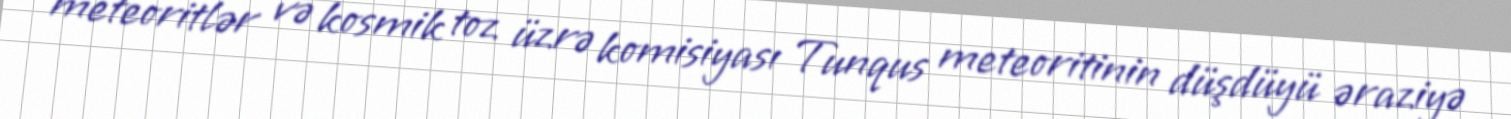
meteoritlər və kosmik toz üzrə komisiyası Tunqus meteoritinin düşdüyü əraziyə